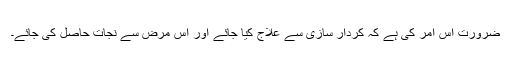
ضرورت اس امر کی ہے کہ کردار سازی سے علاج کیا جائے اور اس مرض سے نجات حاصل کی جائے۔